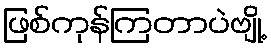
ဖြစ်ကုန်ကြတာပဲဗျို့